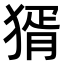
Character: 𤟠